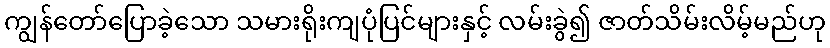
ကျွန်တော်ပြောခဲ့သော သမားရိုးကျပုံပြင်များနှင့် လမ်းခွဲ၍ ဇာတ်သိမ်းလိမ့်မည်ဟု